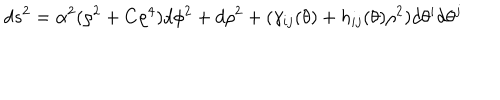
LaTeX: d s ^ { 2 } = \alpha ^ { 2 } ( \rho ^ { 2 } + C \rho ^ { 4 } ) d \phi ^ { 2 } + d \rho ^ { 2 } + ( \gamma _ { i j } ( \theta ) + h _ { i j } ( \theta ) \rho ^ { 2 } ) d \theta ^ { i } d \theta ^ { j }